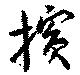
擯